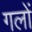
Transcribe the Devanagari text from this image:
गलों